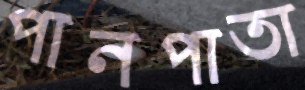
পানপাতা